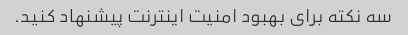
سه نکته برای بهبود امنیت اینترنت پیشنهاد کنید.